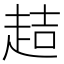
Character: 趌